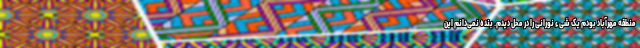
منطقه مهرآباد بودم یک شیء نورانی را در محل دیدم. بنده نمی‌دانم این